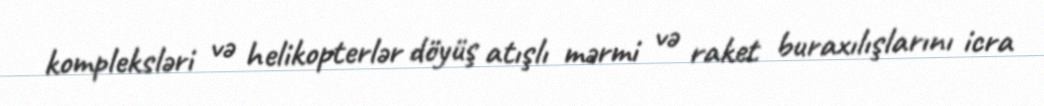
kompleksləri və helikopterlər döyüş atışlı mərmi və raket buraxılışlarını icra